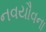
નવયૌવના